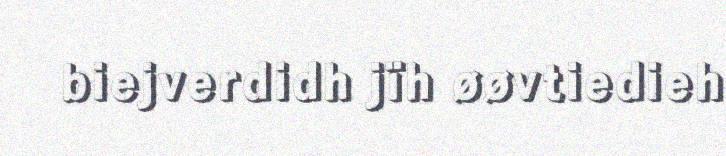
biejverdidh jïh øøvtiedieh